Reports on dispensaries and lunatic asylums in the Province of Oudh - 1869-1876
Year: 1869
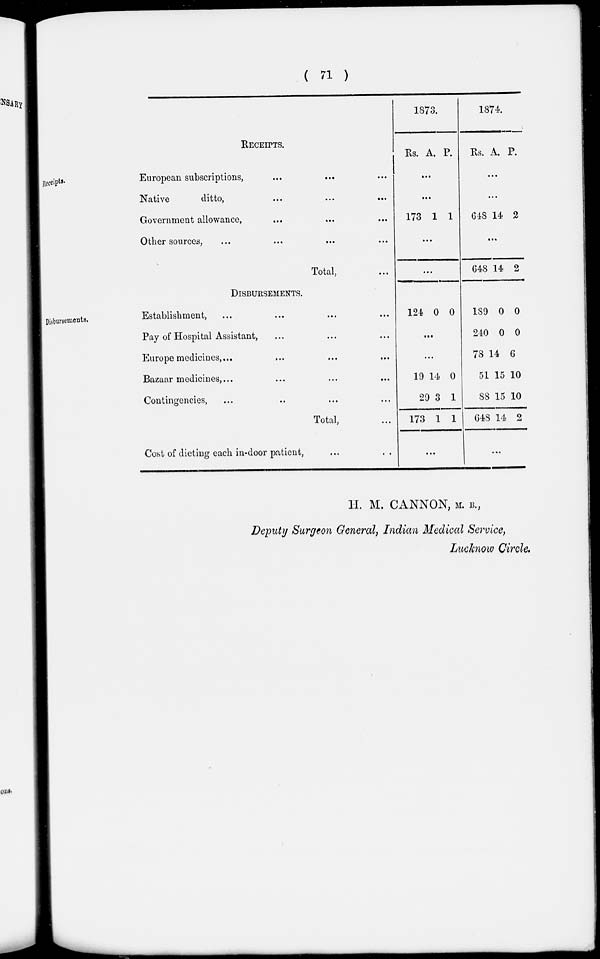
( 71 )
Receipts.
RECEIPTS.
European subscriptions, ... ... ...
Native
ditto,
...
...
...
Government allowance, ... ... ...
Other sources, ... ... ...
Total, ...
1873.
Rs. A. P.
...
...
173 1 1
...
...
1874.
Rs. A. P.
...
...
648 14 2
...
648 14 2
Disbursements,
DISBURSEMENTS.
Establishment, ... ... ... ...
Pay of Hospital Assistant, ... ... ...
Europe medicines,... ... ... ...
Bazaar medicines,...
...
...
...
Contingencies, ... ... ... ...
Total, ...
Cost of dieting each in-door patient, ... ...
124 0 0
...
...
19
29
173
14
3
1
0
1
1
...
189
240
78
51
88
648
0
0
14
15
15
14
0
0
6
10
10
2
...
H. M. CANNON, M. B.,
Deputy Surgeon General, Indian Medical Service,
Lucknow Circle.